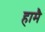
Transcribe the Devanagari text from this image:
हामै